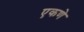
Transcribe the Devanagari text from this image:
एकणे